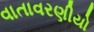
વાતાવરણીયો